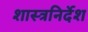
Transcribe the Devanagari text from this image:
शास्त्रनिर्देश